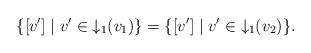
LaTeX: \begin{align*}\{[v']\mid v'\in{\downarrow_1}(v_1)\}=\{[v']\mid v'\in{\downarrow_1}(v_2)\}.\end{align*}